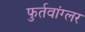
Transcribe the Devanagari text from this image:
फुर्तवांग्लर